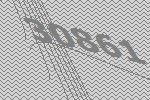
30861